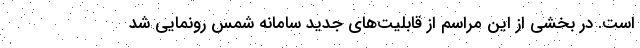
است. در بخشی از این مراسم از قابلیت‌های جدید سامانه شمس رونمایی شد